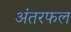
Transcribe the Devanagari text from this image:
अंतरफल